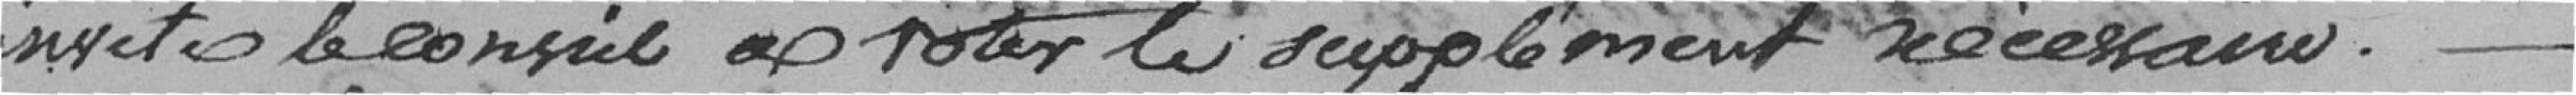
invite le conseil à voter le supplément nécessaire.